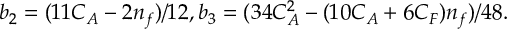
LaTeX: b _ { 2 } = ( 1 1 C _ { A } - 2 n _ { f } ) / 1 2 , b _ { 3 } = ( 3 4 C _ { A } ^ { 2 } - ( 1 0 C _ { A } + 6 C _ { F } ) n _ { f } ) / 4 8 .